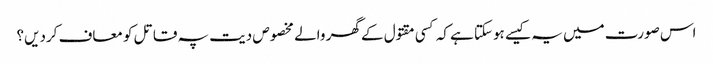
اس صورت میں یہ کیسے ہوسکتا ہے کہ کسی مقتول کے گھر والے مخصوص دیت پہ قاتل کو معاف کردیں؟